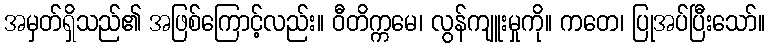
အမှတ်ရှိသည်၏ အဖြစ်ကြောင့်လည်း။ ဝီတိက္ကမေ၊ လွန်ကျူးမှုကို။ ကတေ၊ ပြုအပ်ပြီးသော်။